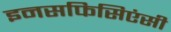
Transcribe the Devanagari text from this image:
इनसफिसिएंसी